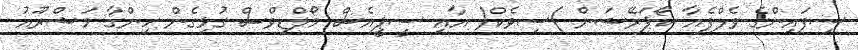
ސިފައިންގެ ވެލްފެއާ ކޯޕަރޭޝަން )ސިވެކް( އާއި ސީޕީއެސް މޯލްޑިވްސް ގުޅިގެން ހިންގާ މަޝްރޫއު